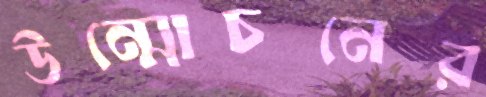
উন্মোচনের